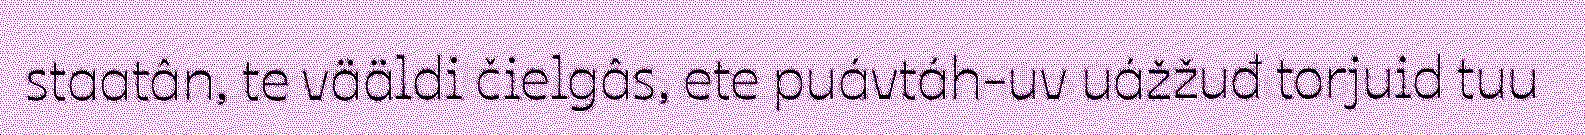
staatân, te vääldi čielgâs, ete puávtáh-uv uážžuđ torjuid tuu